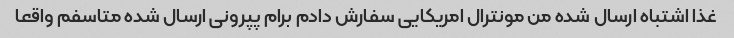
غذا اشتباه ارسال شده من مونترال امریکایی سفارش دادم برام پپرونی ارسال شده متاسفم واقعا